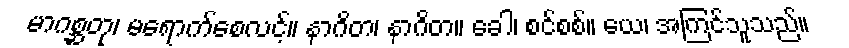
မာဂစ္ဆတု၊ မရောက်စေလင့်။ နာဂိတ၊ နာဂိတ။ ခေါ၊ စင်စစ်။ ယေ၊ အကြင်သူသည်။